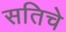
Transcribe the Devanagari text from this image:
सतिचे